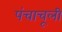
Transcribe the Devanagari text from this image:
पंचाचूली